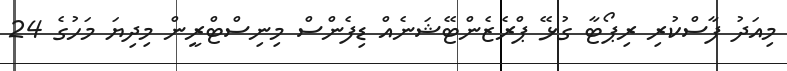
މިއަދު ފާސްކުރި ރިޕޯޓާ ގުޅޭ ޕްރެޒެންޓޭޝަނެއް ޑިފެންސް މިނިސްޓްރީން މިދިޔަ މަހުގެ 24